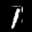
Label: 1